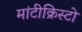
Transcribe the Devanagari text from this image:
मांटीक्रिस्टो